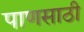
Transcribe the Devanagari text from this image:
पाणसाठी